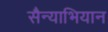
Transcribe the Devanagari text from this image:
सैन्याभियान